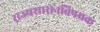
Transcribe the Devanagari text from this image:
राज्यशासनविषयक